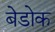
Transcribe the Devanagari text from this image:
बेडोक